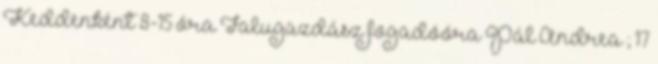
Keddenként 8-15 óra Falugazdász fogadóóra Pál Andrea ; 17